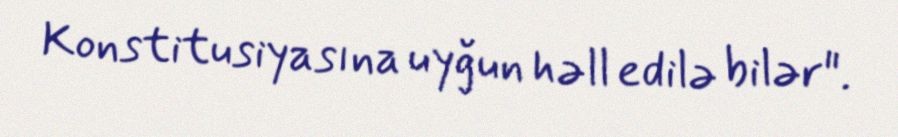
Konstitusiyasına uyğun həll edilə bilər".